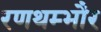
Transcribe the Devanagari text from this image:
रणथम्‍भौर